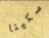
سكينا